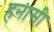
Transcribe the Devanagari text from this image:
हनासी